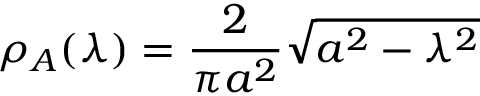
\rho _ { A } ( \lambda ) = \frac { 2 } { \pi a ^ { 2 } } \sqrt { a ^ { 2 } - \lambda ^ { 2 } }